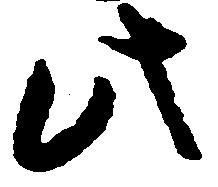
此